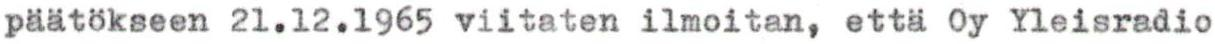
päätökseen 21.12.1965 viitaten ilmoitan, että Oy Yleisradio